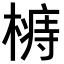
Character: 𣙦